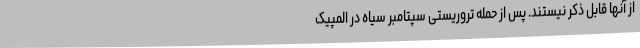
از آنها قابل ذکر نیستند. پس از حمله تروریستی سپتامبر سیاه در المپیک